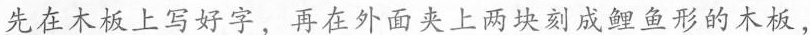
先在木板上写好字，再在外面夹上两块刻成鲤鱼形的木板，